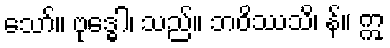
သော်။ ဗုဒ္ဓေါ၊ သည်။ ဘဝိဿသိ၊ န်။ ဣ